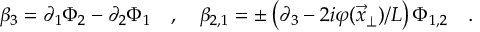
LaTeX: \beta _ { 3 } = \partial _ { 1 } \Phi _ { 2 } - \partial _ { 2 } \Phi _ { 1 } \quad , \quad \beta _ { 2 , 1 } = \pm \left( \partial _ { 3 } - 2 i \varphi ( \vec { x } _ { \perp } ) / L \right) \Phi _ { 1 , 2 } \quad .